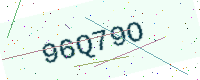
Text: 96Q79O